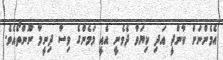
އެމެންނަށް ކާންދީ އަދި ކިޔަވާ ދެވެނީ އެއީ މަމެންގެ ވިސާ ދިނީމާ ނޫންތޯއެެވެ.